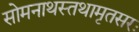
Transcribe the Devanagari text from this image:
सोमनाथस्तथामृतसरः